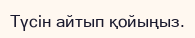
Түсін айтып қойыңыз.